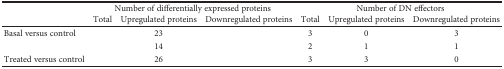
<table><thead><tr><td rowspan="2">[EMPTY_CELL]</td><td colspan="3"><b>Number of differentially expressed proteins</b></td><td colspan="3"><b>Number of DN effectors</b></td></tr><tr><td><b>Total</b></td><td><b>Upregulated proteins</b></td><td><b>Downregulated proteins</b></td><td><b>Total</b></td><td><b>Upregulated proteins</b></td><td><b>Downregulated proteins</b></td></tr></thead><tbody><tr><td>Basal versus control</td><td>[EMPTY_CELL]</td><td>23</td><td>[EMPTY_CELL]</td><td>3</td><td>0</td><td>3</td></tr><tr><td>[EMPTY_CELL]</td><td>[EMPTY_CELL]</td><td>14</td><td>[EMPTY_CELL]</td><td>2</td><td>1</td><td>1</td></tr><tr><td>Treated versus control</td><td>[EMPTY_CELL]</td><td>26</td><td>[EMPTY_CELL]</td><td>3</td><td>3</td><td>0</td></tr></tbody></table>